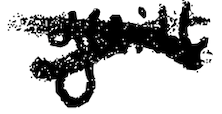
Text: guilt
Cross-out: cross
Writing tool: digital_black